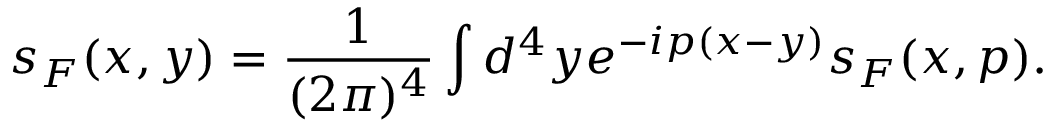
s _ { F } ( x , y ) = { \frac { 1 } { ( 2 \pi ) ^ { 4 } } } \int d ^ { 4 } y e ^ { - i p ( x - y ) } s _ { F } ( x , p ) .